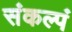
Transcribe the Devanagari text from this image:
संकल्पं